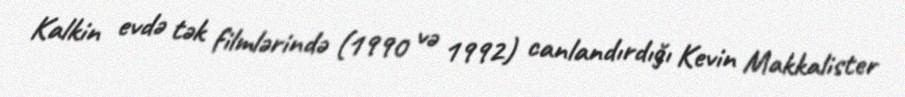
Kalkin evdə tək filmlərində (1990 və 1992) canlandırdığı Kevin Makkalister